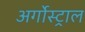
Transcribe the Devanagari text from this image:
अर्गोस्ट्राल